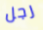
رجل